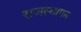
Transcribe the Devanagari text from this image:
राजस्थापन